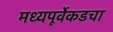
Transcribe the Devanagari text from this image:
मध्यपूर्वेकडचा